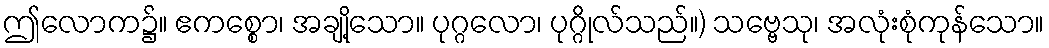
ဤလောက၌။ ဧကစ္စော၊ အချို့သော။ ပုဂ္ဂလော၊ ပုဂ္ဂိုလ်သည်။) သဗ္ဗေသု၊ အလုံးစုံကုန်သော။